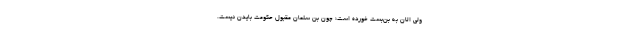
ولی الان به بن‌بست خورده است؛ چون بن‌ سلمان مقبول حکومت بایدن نیست.